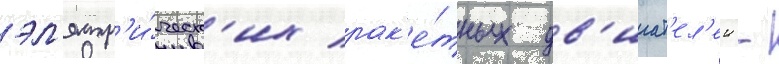
эл'ектр'и́ческ'их рак'е́тных дв'игат'ел'еи -